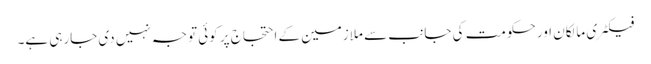
فیکٹری مالکان اور حکومت کی جانب سے ملازمین کے احتجاج پر کوئی توجہ نہیں دی جارہی ہے۔